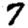
Digit: 7